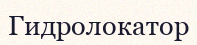
Гидролокатор